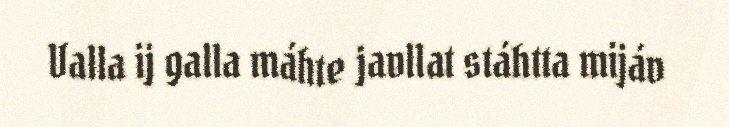
Valla ij galla máhte javllat stáhtta mijáv